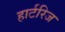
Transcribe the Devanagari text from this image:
हार्टरिज